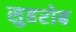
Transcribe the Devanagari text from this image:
सुहरोब